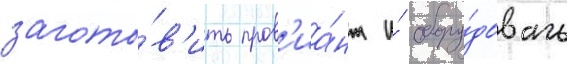
загото́в'ить пров'иа́нт и́ обору́довать